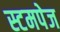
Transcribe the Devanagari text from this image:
स्टमपेज